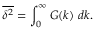
{ \overline { { \delta ^ { 2 } } } } = \int _ { 0 } ^ { \infty } G ( k ) \; d k .